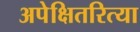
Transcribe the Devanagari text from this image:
अपेक्षितरित्या